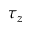
\tau _ { z }